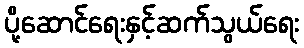
ပို့ဆောင်ရေးနှင့်ဆက်သွယ်ရေး